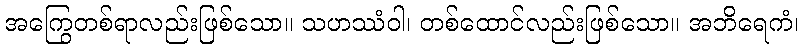
အကြွေတစ်ရာလည်းဖြစ်သော။ သဟဿံဝါ၊ တစ်ထောင်လည်းဖြစ်သော။ အဘိရေကံ၊